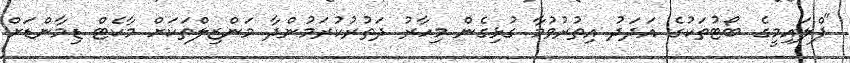
"ފްލައިމީގެ ބޯޓުތަކުގެ އަދަދު އިތުރުވުމާ ގުޅިގެން މިހާރު ދަތުރުކުރަމުންދާ މަންޒިލްތަކަށް މާކެޓް ޑިމާންޑަށް